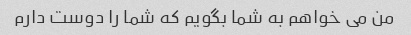
من می خواهم به شما بگویم که شما را دوست دارم